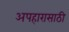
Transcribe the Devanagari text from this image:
अपहारासाठी